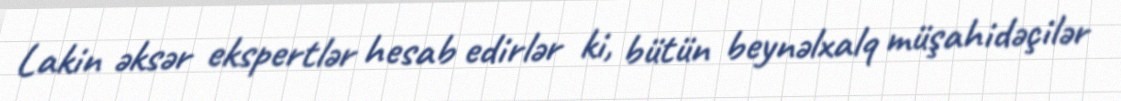
Lakin əksər ekspertlər hesab edirlər ki, bütün beynəlxalq müşahidəçilər